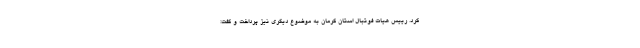
کرد. رییس هیات فوتبال استان کرمان به موضوع دیگری نیز پرداخت و گفت: